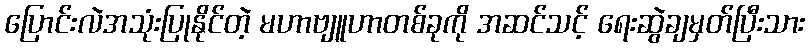
ပြောင်းလဲအသုံးပြုနိုင်တဲ့ မဟာဗျူဟာတစ်ခုကို အဆင်သင့် ရေးဆွဲချမှတ်ပြီးသား